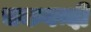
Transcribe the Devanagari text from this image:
चकबन्दी